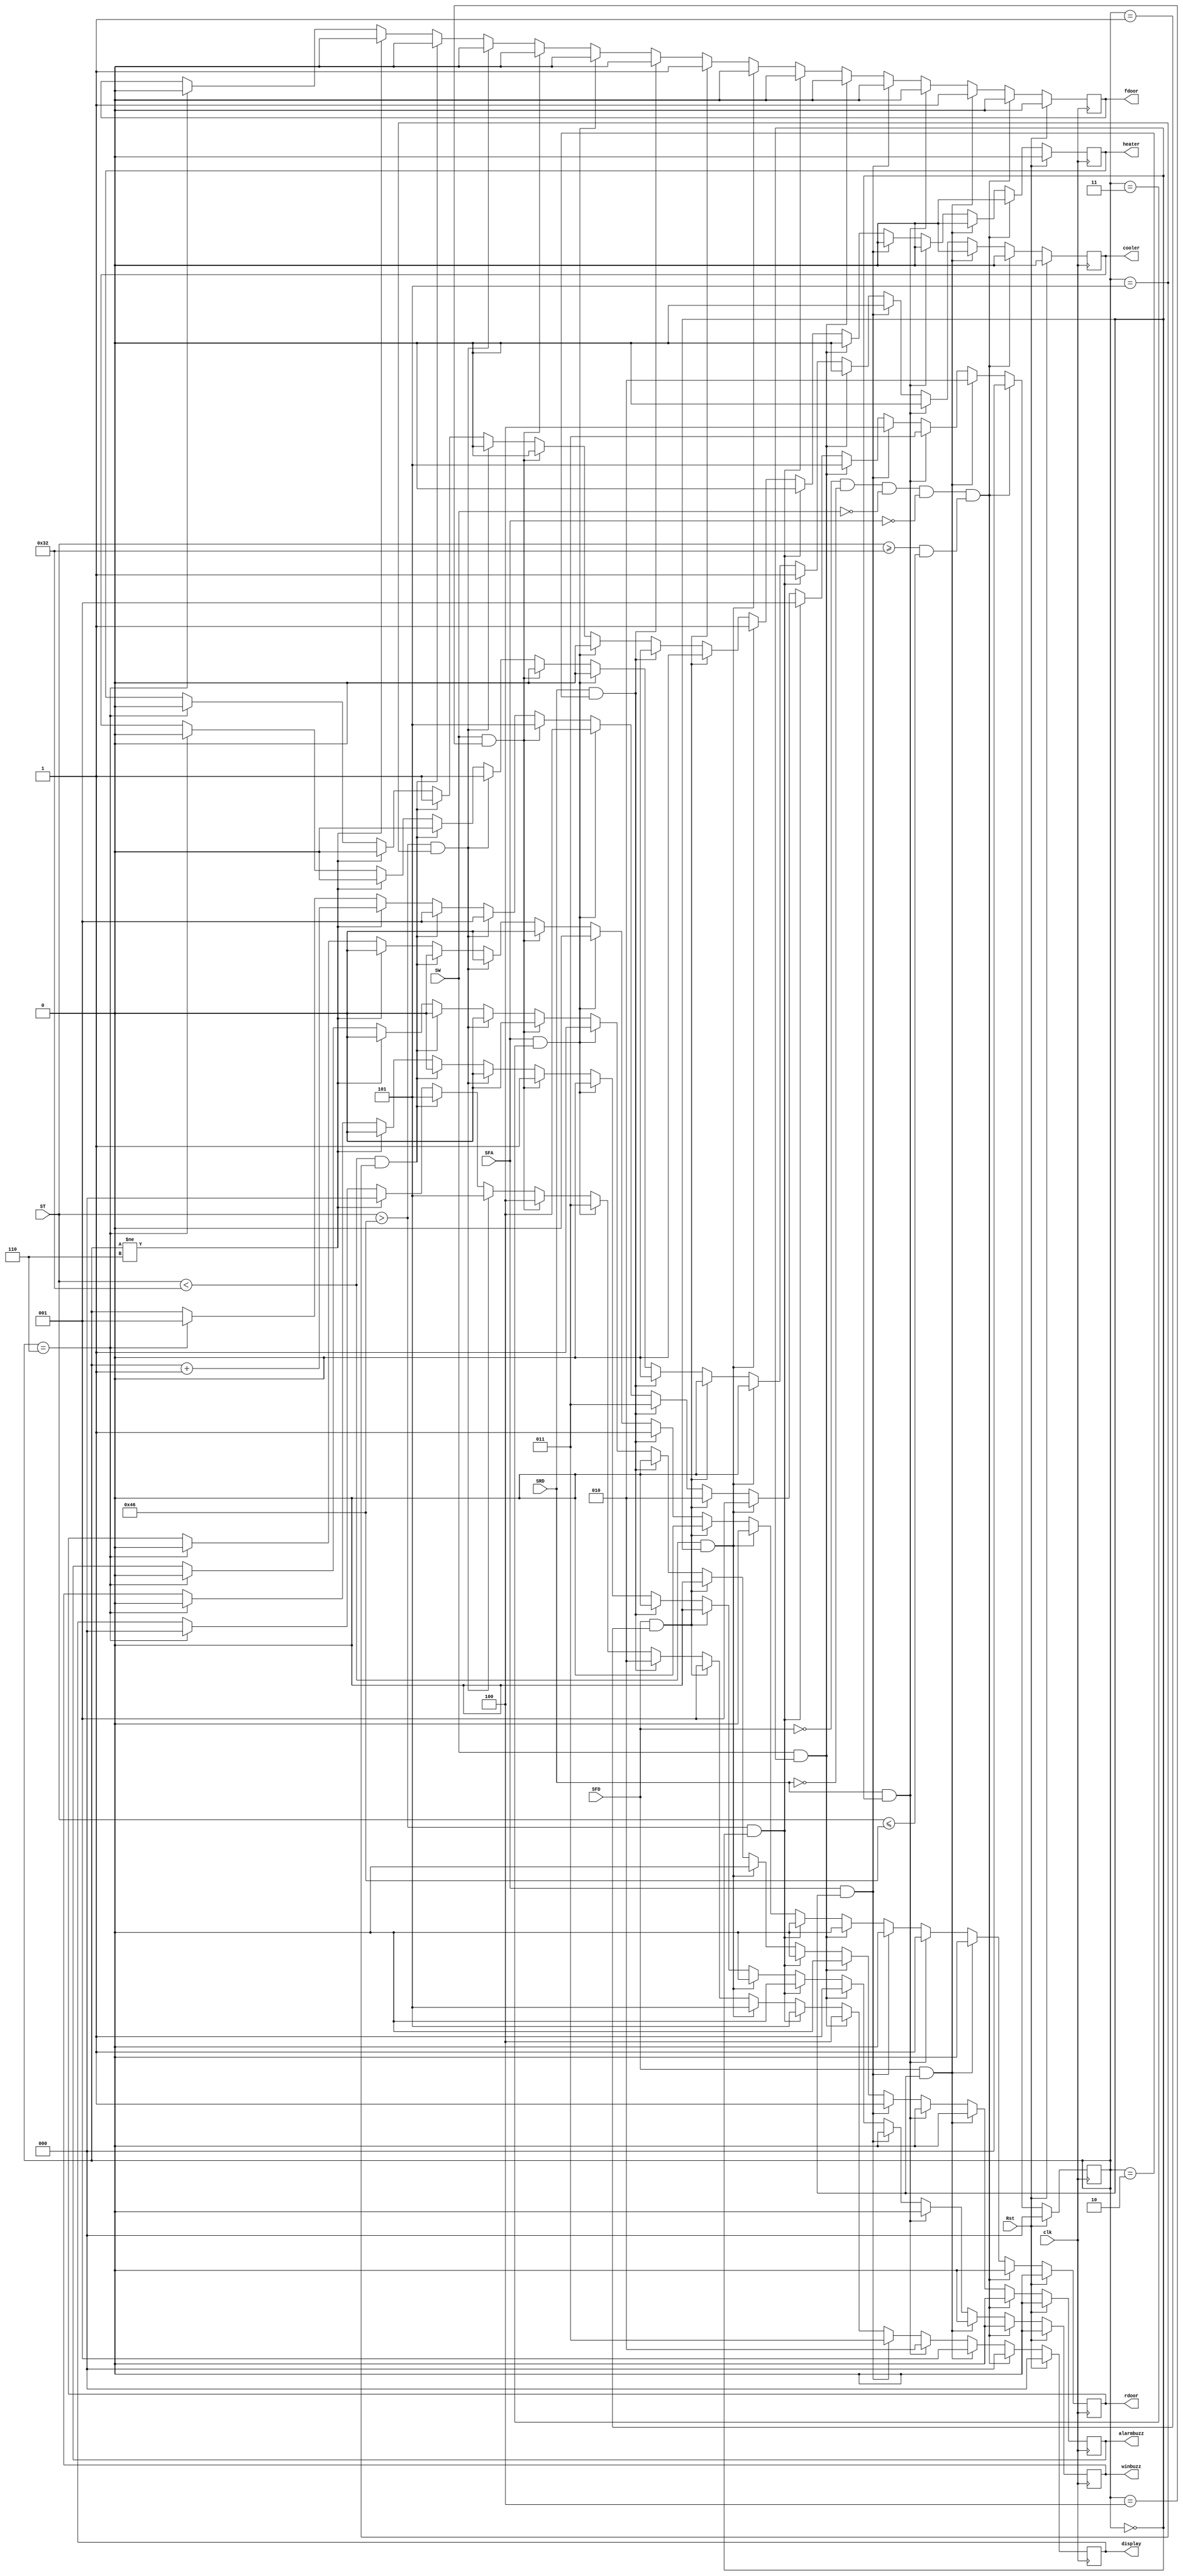
module HomeAutomationSystem( clk,Rst,SFD,SRD,SW,SFA,ST,
                             fdoor,rdoor,winbuzz,alarmbuzz,cooler,heater,display);
    input Rst,SFD,SRD,SW,SFA,clk;
    input [7:0]ST;                       
    output fdoor,rdoor,winbuzz,alarmbuzz,cooler,heater; //one if they are done
    output [2:0] display;
    reg fdoor,rdoor,winbuzz,alarmbuzz,cooler,heater;
    reg [2:0] nextCheck,display;    

    always @(posedge clk) begin
        if(Rst)begin
            fdoor<=0;
            rdoor<=0;
            winbuzz<=0;
            alarmbuzz<=0;
            cooler<=0;
            heater<=0;
            display<=3'b000;
            nextCheck<=3'b000;  //0-->start, 1-->front, 2-->rear, 3-->fire alarm, 4-->window, 5-->temp, then return back to front
        end
        //All Signals = 0 (equal to Reset)
        else if(SFD==0&SRD==0&SW==0&SFA==0&(ST>=50&ST<=70))begin
            fdoor<=0;
            rdoor<=0;
            alarmbuzz<=0;
            winbuzz<=0;
            cooler<=0;
            heater<=0;
            display<=3'b000;
            nextCheck=3'b000;
        end

        //fist time or after Reset
        else if(SFD&nextCheck==0)begin
            fdoor<=1;
            rdoor<=0;
            alarmbuzz<=0;
            winbuzz<=0;
            cooler<=0;
            heater<=0;
            nextCheck<=3'b010;
            display<=3'b001;
        end
        else if(SRD&nextCheck==0)begin
            rdoor<=1;
            fdoor<=0;
            alarmbuzz<=0;
            winbuzz<=0;
            cooler<=0;
            heater<=0;
            nextCheck<=3'b011;
            display<=3'b010;
        end
        else if(SFA&nextCheck==0)begin
            alarmbuzz<=1;
            fdoor<=0;
            rdoor<=0;
            winbuzz<=0;
            cooler<=0;
            heater<=0;
            nextCheck<=3'b100;
            display<=3'b011;
        end
        else if(SW&nextCheck==0)begin
            winbuzz<=1;
            fdoor<=0;
            rdoor<=0;
            alarmbuzz<=0;
            cooler<=0;
            heater<=0;
            nextCheck<=3'b101;
            display<=3'b100;
        end
        else if(ST>70&nextCheck==0)begin
            cooler<=1;
            fdoor<=0;
            rdoor<=0;
            alarmbuzz<=0;
            winbuzz<=0;
            heater<=0;
            nextCheck<=3'b001;
            display<=3'b101;
        end
        else if(ST<50&nextCheck==0)begin
            heater<=1;
            fdoor<=0;
            rdoor<=0;
            alarmbuzz<=0;
            winbuzz<=0;
            cooler<=0;
            nextCheck<=3'b001;
            display<=3'b101;
        end
        
        //After first time
        else if(SFD&nextCheck==1)begin
            fdoor<=1;
            rdoor<=0;
            alarmbuzz<=0;
            winbuzz<=0;
            cooler<=0;
            heater<=0;
            nextCheck<=3'b010;
            display<=3'b001;
        end
        else if(SRD&nextCheck==2)begin
            rdoor<=1;
            fdoor<=0;
            alarmbuzz<=0;
            winbuzz<=0;
            cooler<=0;
            heater<=0;
            nextCheck<=3'b011;
            display<=3'b010;
        end
        else if(SFA&nextCheck==3)begin
            alarmbuzz<=1;
            fdoor<=0;
            rdoor<=0;
            winbuzz<=0;
            cooler<=0;
            heater<=0;
            nextCheck<=3'b100;
            display<=3'b011;
        end
        else if(SW&nextCheck==4)begin
            winbuzz<=1;
            fdoor<=0;
            rdoor<=0;
            alarmbuzz<=0;
            cooler<=0;
            heater<=0;
            nextCheck<=3'b101;
            display<=3'b100;
        end
        else if(ST>70&nextCheck==5)begin
            cooler<=1;
            fdoor<=0;
            rdoor<=0;
            alarmbuzz<=0;
            winbuzz<=0;
            heater<=0;
            nextCheck<=3'b001;
            display<=3'b101;
        end
        else if(ST<50&nextCheck==5)begin
            heater<=1;
            fdoor<=0;
            rdoor<=0;
            alarmbuzz<=0;
            winbuzz<=0;
            cooler<=0;
            nextCheck<=3'b001;
            display<=3'b101;
        end
        else if(nextCheck!=6)begin
            nextCheck<=nextCheck+1;
            fdoor<=0;
            rdoor<=0;
            alarmbuzz<=0;
            winbuzz<=0;
            cooler<=0;
            heater<=0;
            display<=3'b000;
        end
        else if(nextCheck==6)begin
            nextCheck<=3'b001;
            fdoor<=0;
            rdoor<=0;
            alarmbuzz<=0;
            winbuzz<=0;
            cooler<=0;
            heater<=0;
            display<=3'b000;
        end
    end
endmodule